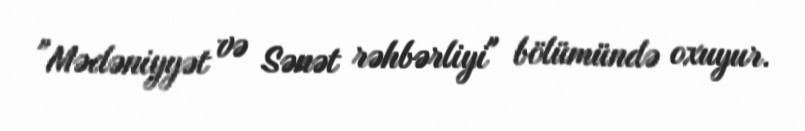
"Mədəniyyət və Sənət rəhbərliyi" bölümündə oxuyur.